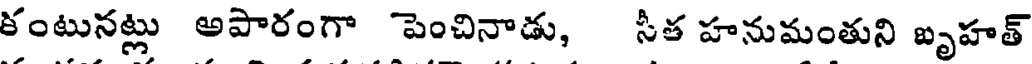
కంటునట్లు అపారంగా పెంచినాడు, సీత హనుమంతుని బృహత్